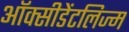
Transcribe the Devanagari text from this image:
ऑक्सीडेंटलिज्म